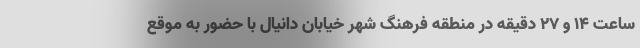
ساعت ۱۴ و ۲۷ دقیقه در منطقه فرهنگ شهر خیابان دانیال با حضور به موقع